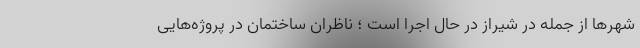
شهرها از جمله در شیراز در حال اجرا است ؛ ناظران ساختمان در پروژه‌هایی